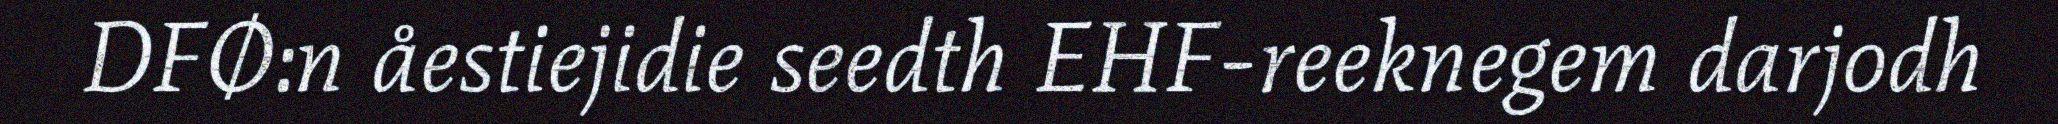
DFØ:n åestiejidie seedth EHF-reeknegem darjodh